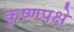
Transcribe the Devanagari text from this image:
कृष्णपक्षे